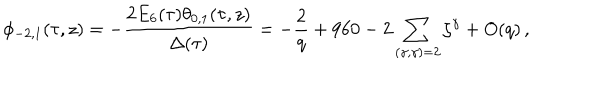
\phi _ { - 2 , 1 } ( \tau , z ) = - \frac { 2 E _ { 6 } ( \tau ) \theta _ { 0 , 1 } ( \tau , z ) } { \Delta ( \tau ) } = - \frac { 2 } { q } + 9 6 0 - 2 \sum _ { ( \gamma , \gamma ) = 2 } \zeta ^ { \gamma } + O ( q ) \, ,